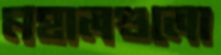
মহালগুলো